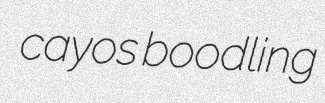
cayos boodling